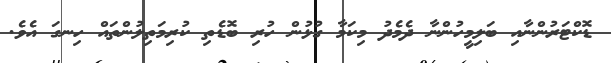
ޑޮކްޓަރުންނާއި ބަލިމީހުންނާ ދެމެދު މިކަމާ ގުޅުން ހުރި ބޮޑެތި ކުރިމަތިލުންތައް ހިނގަ އެވެ.